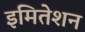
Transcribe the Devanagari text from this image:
इमितेशन